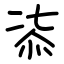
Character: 㓒